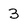
Character: 3